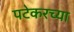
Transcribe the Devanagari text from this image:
पटेकरच्या